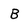
Character: B